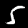
Digit: 5